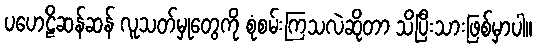
ပဟေဠိဆန်ဆန် လူသတ်မှုတွေကို စုံစမ်းကြသလဲဆိုတာ သိပြီးသားဖြစ်မှာပါ။